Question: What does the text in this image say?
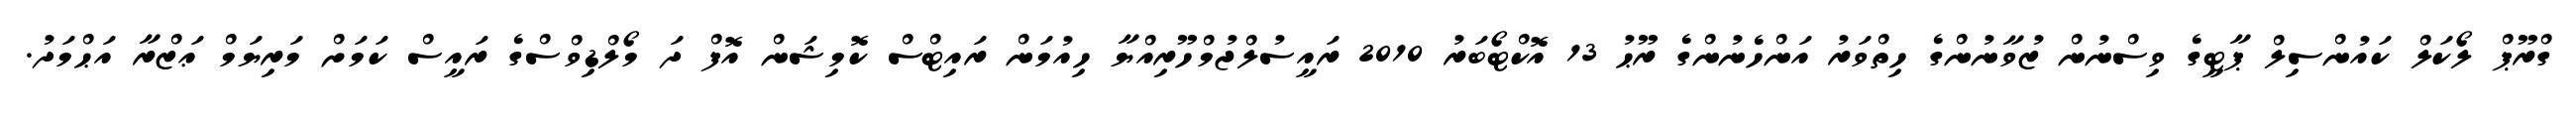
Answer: ގްރޫޕް ލޯކަލް ކައުންސިލް ޕާޓީގެ ވިސްނުން ޒުވާނުންގެ ހިތްވަރު އަންހެނުންގެ ރޫޙު 13 އޮކްޓޯބަރު 2010 ރައީސުލްޖުމްހޫރިއްޔާ ހިއުމަން ރައިޓްސް ކޮމިޝަން އޮފް ދަ މޯލްޑިވްސްގެ ރައީސް ކަމަށް މަރިޔަމް ޢަޒްރާ އަޙްމަދު.